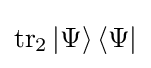
\operatorname {tr} _{2}\left|\Psi \right\rangle \left\langle \Psi \right|